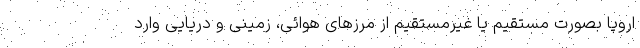
اروپا بصورت مستقیم یا غیرمستقیم از مرزهای هوائی، زمینی و دریایی وارد